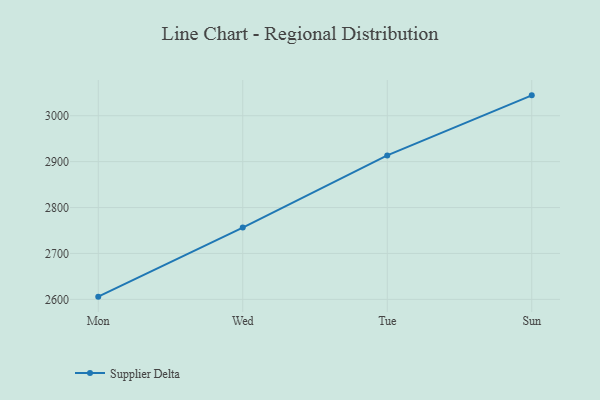
{"axis": {"x": "Day", "y": "Temperature (°C)"}, "legend": ["Supplier Delta"], "data": [{"x": "Mon", "y": 2605.9, "type": "Supplier Delta"}, {"x": "Wed", "y": 2756.4, "type": "Supplier Delta"}, {"x": "Tue", "y": 2913.5, "type": "Supplier Delta"}, {"x": "Sun", "y": 3044.4, "type": "Supplier Delta"}]}